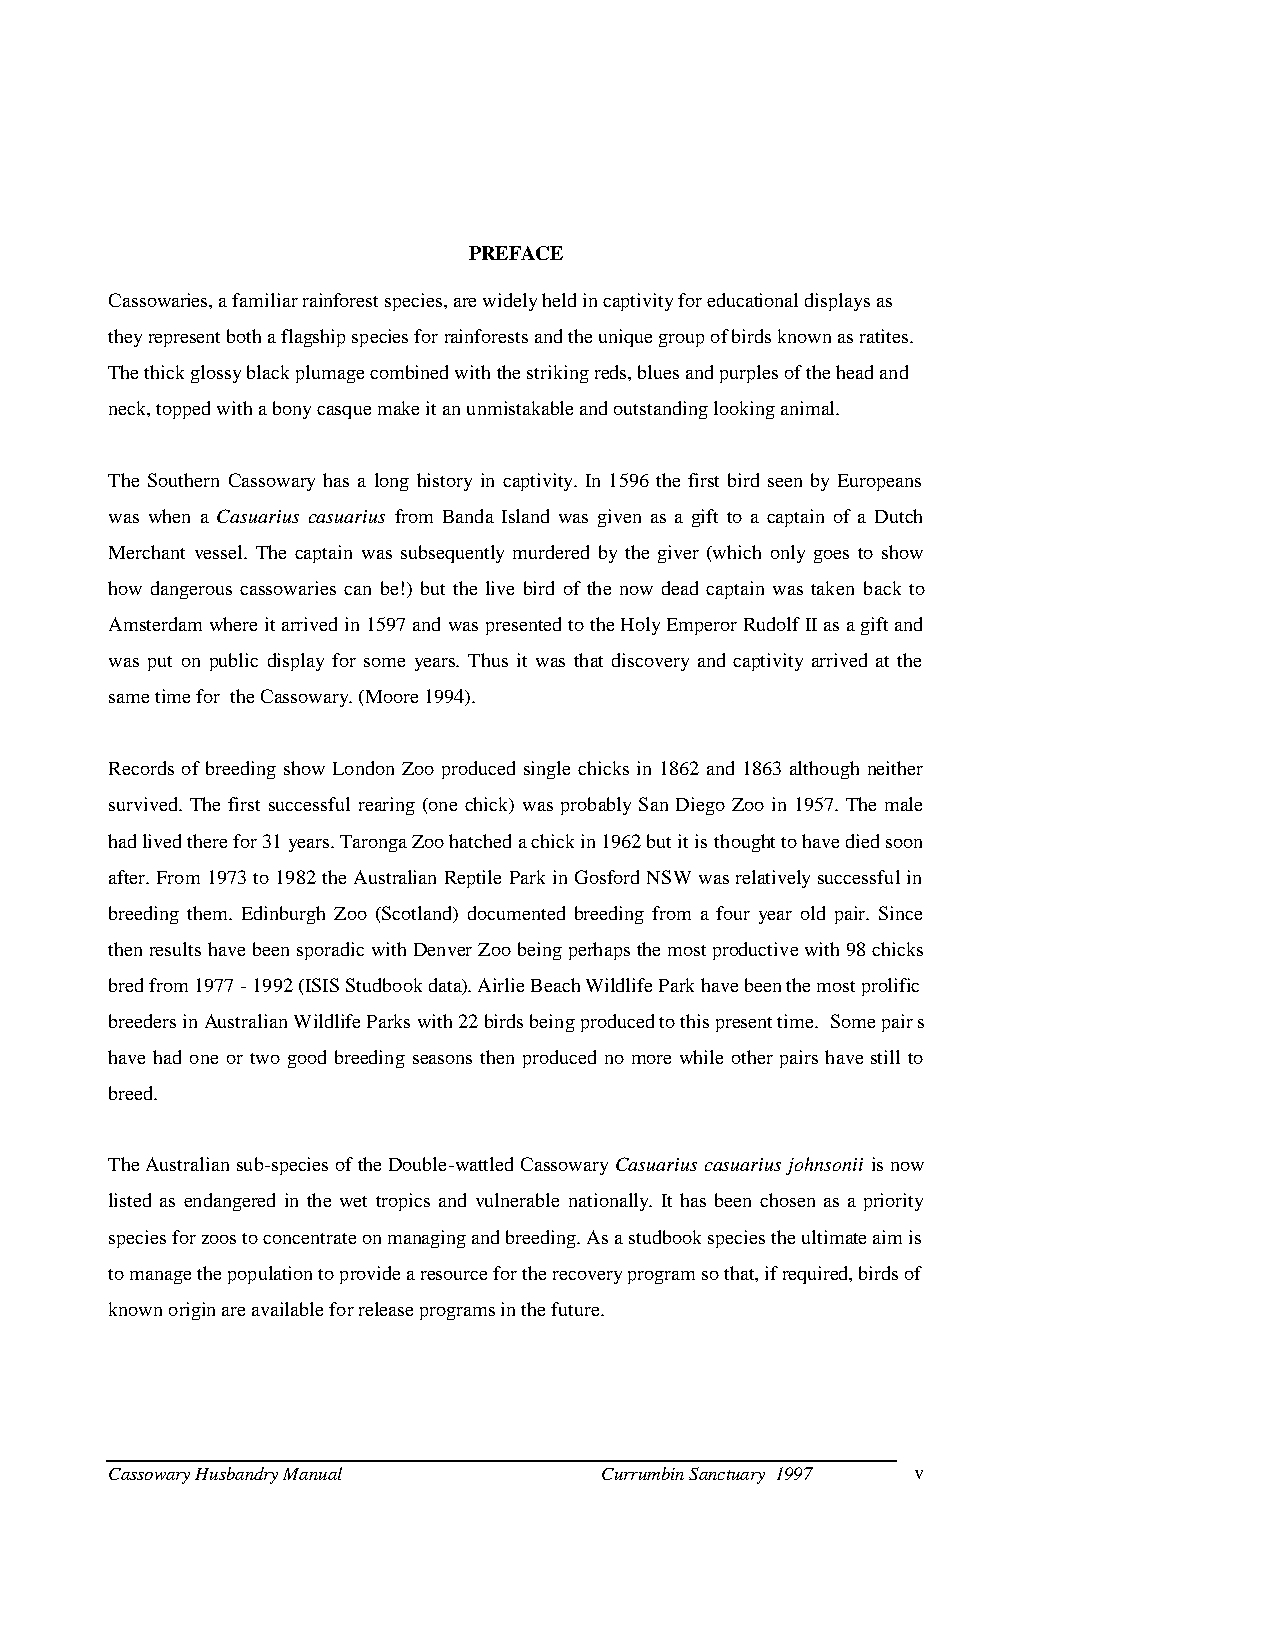
PREFACE
 Cassowaries, a familiar rainforest species, are widely held in captivity for educational displays as
 they represent both a flagship species for rainforests and the unique group of birds known as ratites.
 The thick glossy black plumage combined with the striking reds, blues and purples of the head and
 neck, topped with a bony casque make it an unmistakable and outstanding looking animal.
 The Southern Cassowary has a long history in captivity. In 1596 the first bird seen by Europeans
 was when a Casuarius casuarius from Banda Island was given as a gift to a captain of a Dutch
 Merchant vessel. The captain was subsequently murdered by the giver (which only goes to show
 how dangerous cassowaries can be!) but the live bird of the now dead captain was taken back to
 Amsterdam where it arrived in 1597 and was presented to the Holy Emperor Rudolf II as a gift and
 was put on public display for some years. Thus it was that discovery and captivity arrived at the
 same time for the Cassowary. (Moore 1994).
 Records of breeding show London Zoo produced single chicks in 1862 and 1863 although neither
 survived. The first successful rearing (one chick) was probably San Diego Zoo in 1957. The male
 had lived there for 31 years. Taronga Zoo hatched a chick in 1962 but it is thought to have died soon
 after. From 1973 to 1982 the Australian Reptile Park in Gosford NSW was relatively successful in
 breeding them. Edinburgh Zoo (Scotland) documented breeding from a four year old pair. Since
 then results have been sporadic with Denver Zoo being perhaps the most productive with 98 chicks
 bred from 1977 - 1992 (ISIS Studbook data). Airlie Beach Wildlife Park have been the most prolific
 breeders in Australian Wildlife Parks with 22 birds being produced to this present time. Some pair s
 have had one or two good breeding seasons then produced no more while other pairs have still to
 breed.
 The Australian sub-species of the Double-wattled Cassowary Casuarius casuarius johnsonii is now
 listed as endangered in the wet tropics and vulnerable nationally. It has been chosen as a priority
 species for zoos to concentrate on managing and breeding. As a studbook species the ultimate aim is
 to manage the population to provide a resource for the recovery program so that, if required, birds of
 known origin are available for release programs in the future.
 Cassowary Husbandry Manual       Currumbin Sanctuary 1997 v